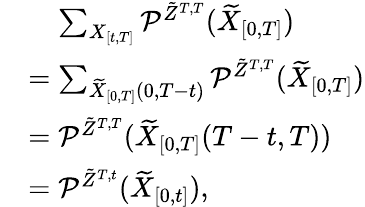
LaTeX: \begin{array}{rl}&{\mathrel{\phantom{=}}\sum_{X_{[t,T]}}\mathcal{P}^{\tilde{Z}^{T,T}}(\widetilde{X}_{[0,T]})}\\ &{=\sum_{\widetilde{X}_{[0,T]}(0,T-t)}\mathcal{P}^{\tilde{Z}^{T,T}}(\widetilde{X}_{[0,T]})}\\ &{=\mathcal{P}^{\tilde{Z}^{T,T}}(\widetilde{X}_{[0,T]}(T-t,T))}\\ &{=\mathcal{P}^{\tilde{Z}^{T,t}}(\widetilde{X}_{[0,t]}),}\end{array}